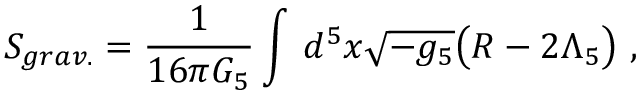
S _ { g r a v . } = \frac { 1 } { 1 6 \pi G _ { 5 } } \int \, d ^ { 5 } x \sqrt { - g _ { 5 } } \big ( R - 2 \Lambda _ { 5 } \big ) \ ,